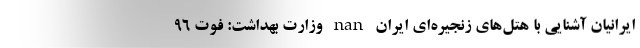
ایرانیان آشنایی با هتل‌های زنجیره‌ای ایران nan وزارت بهداشت: فوت ۹۶